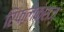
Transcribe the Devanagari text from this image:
रिफ्लेक्सज़